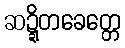
ဆဍ္ဍိတခေတ္တေ